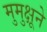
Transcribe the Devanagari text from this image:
मुमुक्षूने